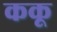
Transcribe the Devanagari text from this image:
ककू